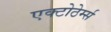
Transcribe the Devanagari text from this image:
एक्टोठेर्म्स